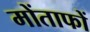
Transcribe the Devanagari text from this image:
मोंताफों